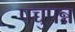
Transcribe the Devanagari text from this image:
पच्चुपन्न